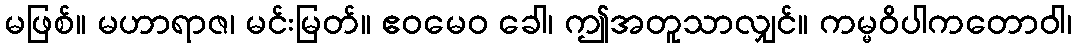
မဖြစ်။ မဟာရာဇ၊ မင်းမြတ်။ ဧဝမေဝ ခေါ၊ ဤအတူသာလျှင်။ ကမ္မဝိပါကတောဝါ၊